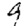
Digit: 9